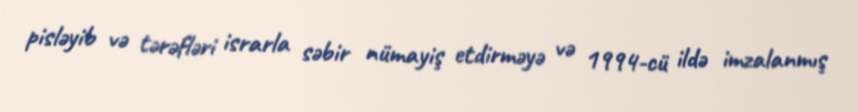
pisləyib və tərəfləri israrla səbir nümayiş etdirməyə və 1994-cü ildə imzalanmış